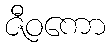
ဇီဝကော